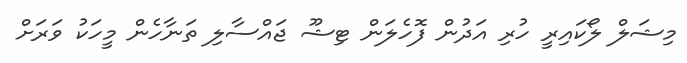
މިޝަލް ލޯކައިރީ ހުރި އަދުން ފޮހެލަން ޓިޝޫ ޖައްސާލި ތަނާހެން މީހަކު ވަރަށް